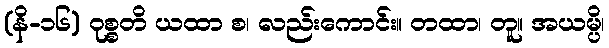
(နိ-၁၆) ဝုစ္စတိ ယထာ စ၊ လည်းကောင်း။ တထာ၊ တူ။ အယမ္ပိ၊